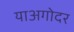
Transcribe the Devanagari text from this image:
याअगोदर